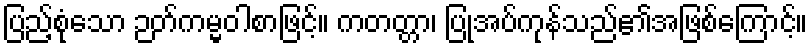
ပြည့်စုံသော ဉတ်ကမ္မဝါစာဖြင့်။ ကတတ္တာ၊ ပြုအပ်ကုန်သည်၏အဖြစ်ကြောင့်။